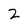
Character: 2